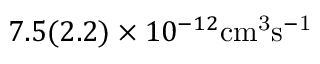
7 . 5 ( 2 . 2 ) \times 1 0 ^ { - 1 2 } \mathrm { { c m } ^ { 3 } \mathrm { { s } ^ { - 1 } } }